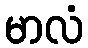
မာလံ